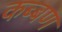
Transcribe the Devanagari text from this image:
कब्बण